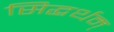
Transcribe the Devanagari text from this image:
सिद्धर्थम्